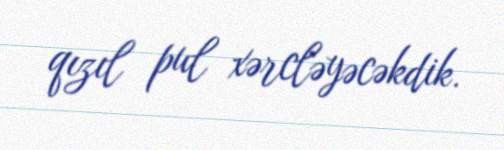
qızıl pul xərcləyəcəkdik.